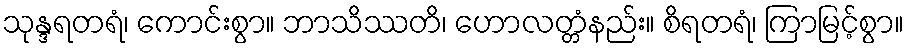
သုန္ဒရတရံ၊ ကောင်းစွာ။ ဘာသိဿတိ၊ ဟောလတ္တံနည်း။ စိရတရံ၊ ကြာမြင့်စွာ။